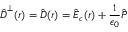
\hat { \boldsymbol D } ^ { \perp } ( \boldsymbol r ) = \hat { \boldsymbol D } ( \boldsymbol r ) = \hat { \boldsymbol E } _ { c } ( \boldsymbol r ) + \frac { 1 } { \epsilon _ { 0 } } \hat { \boldsymbol P }